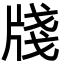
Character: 牋